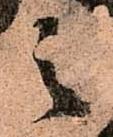
之